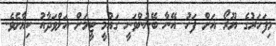
މިފަހަރުގެ ޔޫރޯ އަށް ފަހު އޭނާ ބޭނުންވަނީ ގައުމީ ޓީމަށް އަލްވަދާއު ކިޔާށެވެ.